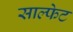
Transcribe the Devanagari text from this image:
साल्फेट